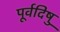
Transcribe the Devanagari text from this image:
पूर्वदिषु